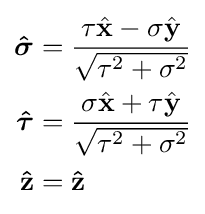
{\begin{aligned}{\boldsymbol {\hat {\sigma }}}&={\frac {\tau {\hat {\mathbf {x} }}-\sigma {\hat {\mathbf {y} }}}{\sqrt {\tau ^{2}+\sigma ^{2}}}}\\{\boldsymbol {\hat {\tau }}}&={\frac {\sigma {\hat {\mathbf {x} }}+\tau {\hat {\mathbf {y} }}}{\sqrt {\tau ^{2}+\sigma ^{2}}}}\\\mathbf {\hat {z}} &=\mathbf {\hat {z}} \end{aligned}}